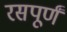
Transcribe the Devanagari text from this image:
रसपूर्णं